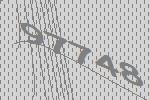
97748